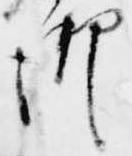
御